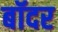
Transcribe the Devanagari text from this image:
बॉदर